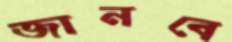
জানবে